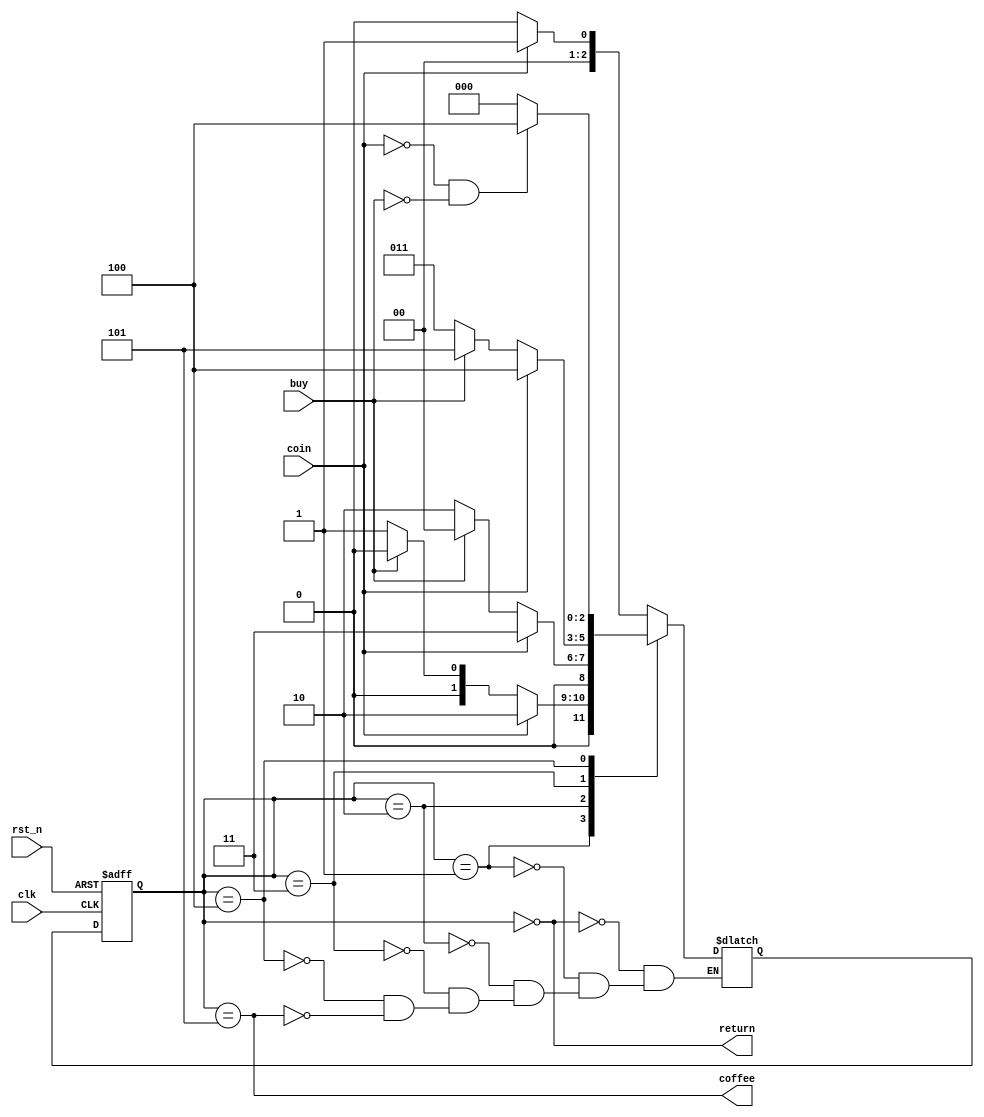
`timescale 1ns / 1ps
//////////////////////////////////////////////////////////////////////////////////
// Company: 
// Engineer: 
// 
// Design Name: 
// Module Name: coffee_vending_machine
// Project Name: 
// Target Devices: 
// Tool Versions: 
// Description: 
// 
// Dependencies: 
// 
// Revision:
// Revision 0.01 - File Created
// Additional Comments:
// 
//////////////////////////////////////////////////////////////////////////////////


module coffee_vending_machine(
    clk, rst_n, coin, buy,
    coffee, return
);

input clk, rst_n;
input coin; //   
input buy; //   
output coffee; // 
output return; // 

localparam INITIAL = 3'b000, // 
           COIN1 = 3'b001,//100 
           COIN2 = 3'b010, //200 
           COIN3 = 3'b011,//300 
           COINOVER3 = 3'b100, //300  
           COFFEE = 3'b101; // COFFEE 
           
reg [2:0] present_state, next_state;

always @(present_state or coin or buy) begin
    case(present_state)
        INITIAL:
            if(coin==1) next_state = COIN1; // 1/0, 1/1
            else next_state = INITIAL; // 0/0, 0/1
        COIN1:
            if(coin==1) next_state = COIN2; // 1/0. 1/1
            else begin
                if(buy==1) next_state = INITIAL; // 0/1
                else next_state = COIN1; // 0/0
            end
        COIN2:
            if(coin==1) next_state = COIN3; // 1/0, 1,1
            else begin
                if(buy==1) next_state = INITIAL; // 0/1
                else next_state = COIN2; // 0/0
            end
        COIN3:
            if(coin==1) next_state = COINOVER3; // 1/0, 1,1
            else begin
                if(buy==1) next_state = COFFEE; // 0/1
                else next_state = COIN3; // 0/0
            end
        COINOVER3:
            if (coin==0 && buy ==0) next_state = COINOVER3; // 0/0
            else next_state = INITIAL; // 0/1, 1/0, 1/1
        COFFEE:
            if(coin==1) next_state = COIN1; // 1/0, 1,1
            else next_state = INITIAL; // 0/0, 0/1
    endcase
end

//clk  rst_n   
always @(posedge clk or negedge rst_n) begin
    if(!rst_n) present_state <= INITIAL; // state INITIAL 
    else present_state <= next_state;
end

// output 
assign coffee = (present_state == COFFEE);
assign return = (present_state == INITIAL); 

endmodule